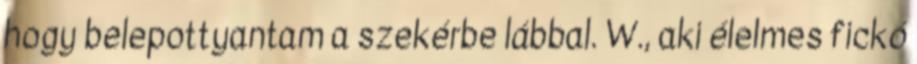
hogy belepottyantam a szekérbe lábbal. W., aki élelmes fickó